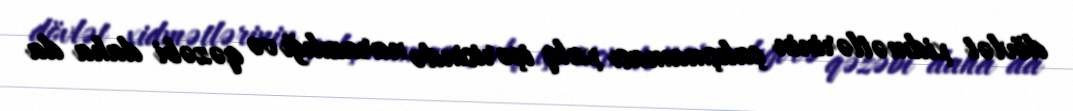
dövlət xidmətlərinin çalışmaması xalq içərisində narazılığı və qəzəbi daha da